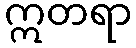
ဣတရာ